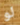
لو